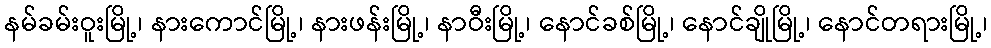
နမ်ခမ်းဝူးမြို့၊ နားကောင်မြို့၊ နားဖန်းမြို့၊ နာဝီးမြို့၊ နောင်ခစ်မြို့၊ နောင်ချိုမြို့၊ နောင်တရားမြို့၊